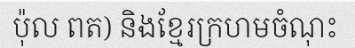
ប៉ុល ពត) និងខ្មែរក្រហមចំណុះ